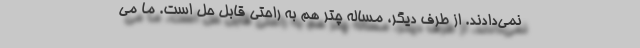
نمی‌دادند. از طرف دیگر، مساله چتر هم به راحتی قابل حل است. ما می‌